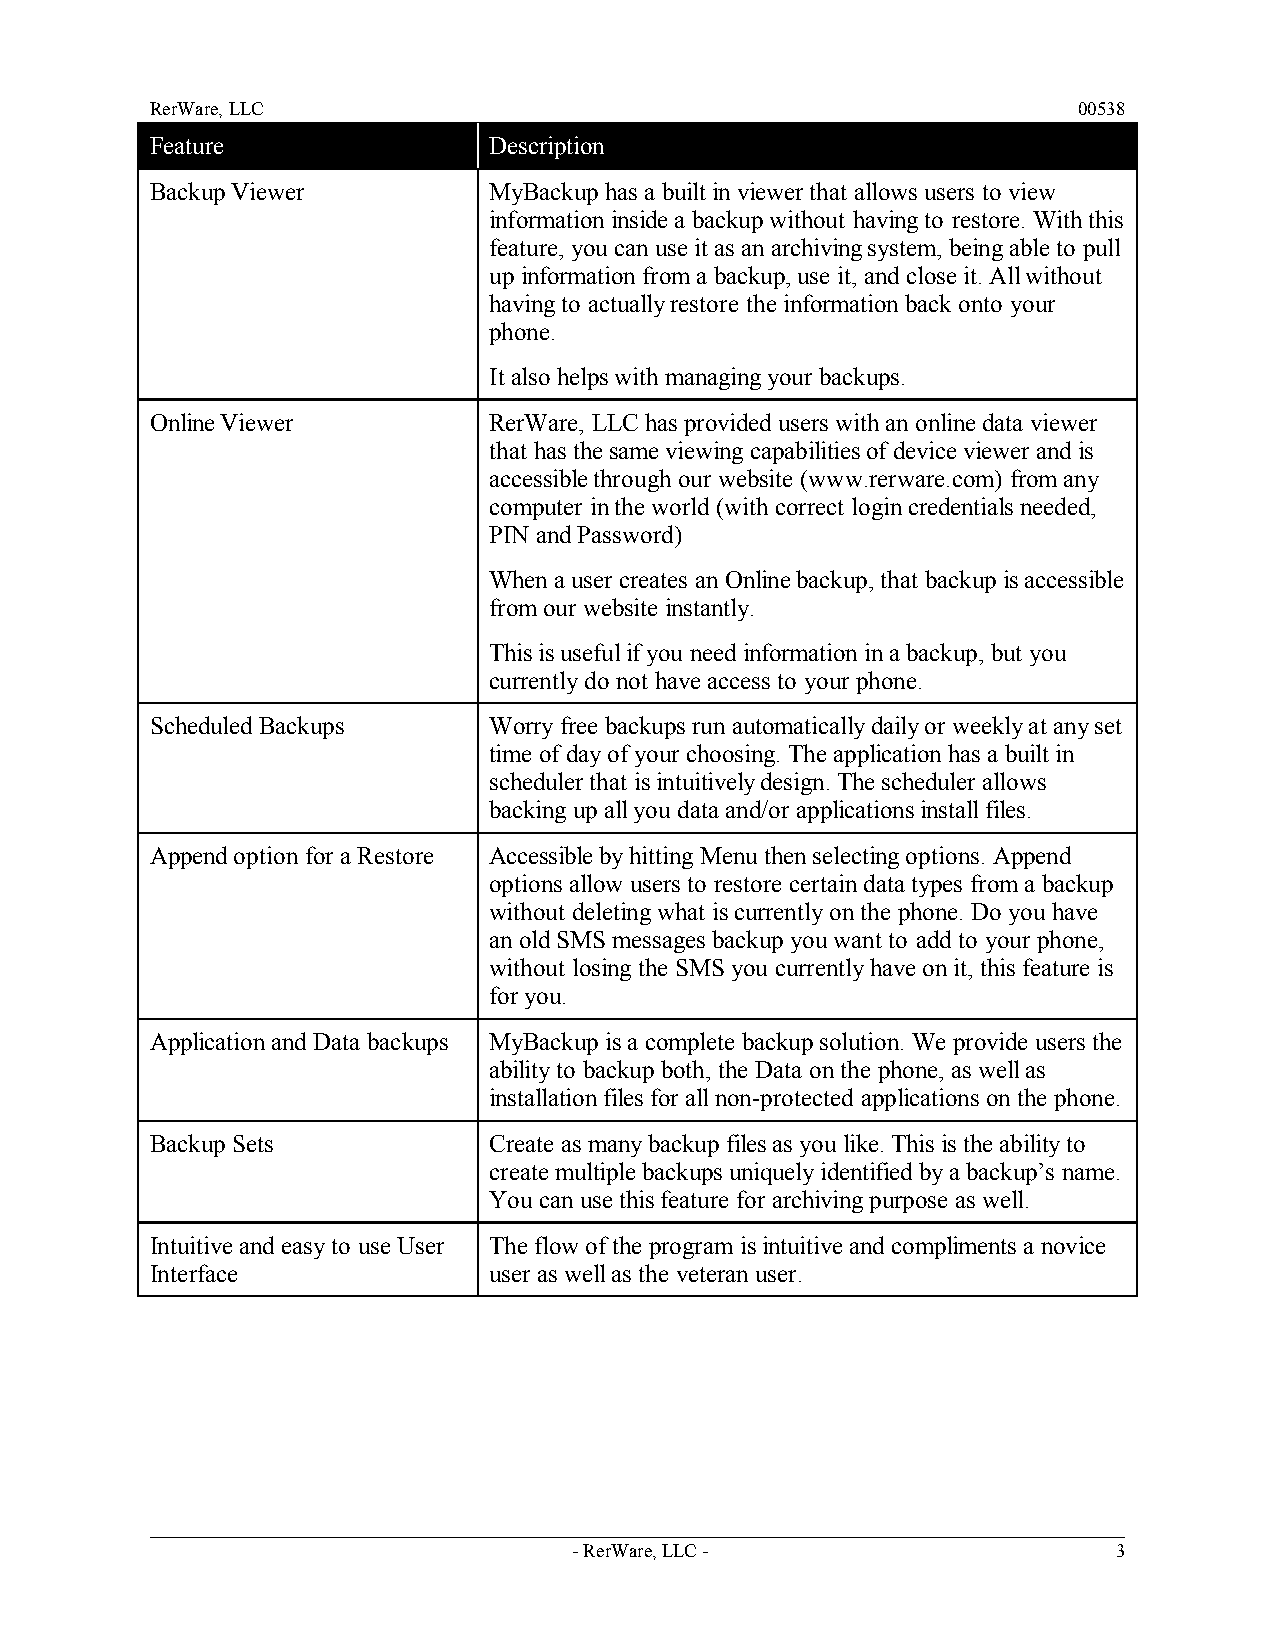
RerWare, LLC                                                 00538
 Feature               Description
 Backup Viewer         MyBackup has a built in viewer that allows users to view
 information inside a backup without having to restore. With this
 feature, you can use it as an archiving system, being able to pull
 up information from a backup, use it, and close it. All without
 having to actually restore the information back onto your
 phone.
 It also helps with managing your backups.
 Online Viewer         RerWare, LLC has provided users with an online data viewer
 that has the same viewing capabilities of device viewer and is
 accessible through our website (www.rerware.com) from any
 computer in the world (with correct login credentials needed,
 PIN and Password)
 When a user creates an Online backup, that backup is accessible
 from our website instantly.
 This is useful if you need information in a backup, but you
 currently do not have access to your phone.
 Scheduled Backups     Worry free backups run automatically daily or weekly at any set
 time of day of your choosing. The application has a built in
 scheduler that is intuitively design. The scheduler allows
 backing up all you data and/or applications install files.
 Append option for a Restore Accessible by hitting Menu then selecting options. Append
 options allow users to restore certain data types from a backup
 without deleting what is currently on the phone. Do you have
 an old SMS messages backup you want to add to your phone,
 without losing the SMS you currently have on it, this feature is
 for you.
 Application and Data backups MyBackup is a complete backup solution. We provide users the
 ability to backup both, the Data on the phone, as well as
 installation files for all non-protected applications on the phone.
 Backup Sets           Create as many backup files as you like. This is the ability to
 create multiple backups uniquely identified by a backup’s name.
 You can use this feature for archiving purpose as well.
 Intuitive and easy to use User The flow of the program is intuitive and compliments a novice
 Interface             user as well as the veteran user.
 - RerWare, LLC -                    3